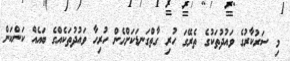
މި ސަރުކާރުގެ ވައުދުތަކުގެ ތެރޭގަ ހުރި ގާތްގަނޑަކަށްހެން ހުރިހާ ވައުދުތަކެއްގެ ބައެއް ކަންކަން